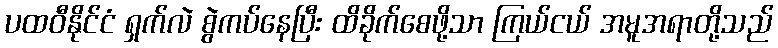
ပထဝီနိုင်ငံ ရှက်လဲ စွဲကပ်နေပြီး ထိခိုက်စေဖို့သာ ကြယ်ငယ် အမူအရာတို့သည်